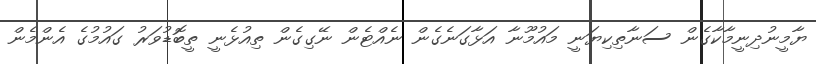
ޔާމީނުދިނީމާކާގެން ސަނާތިކިޔަނީ މައުމޫނާ އަޅާގަނެގެން ނެއްޓެން ނޭގިގެން ތިއުޅެނީ ތީބޮޑުވަރު ގައުމުގެ އެންމެން